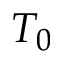
T _ { 0 }